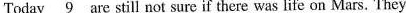
Today \underline{9} are still not sure if there was life on Mars. They